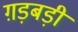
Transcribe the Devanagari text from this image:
ग़ड़बड़ी